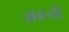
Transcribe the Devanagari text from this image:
ज़हनी